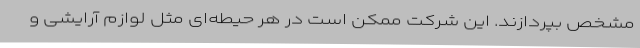
مشخص بپردازند. این شرکت ممکن است در هر حیطه‌ای مثل لوازم آرایشی و